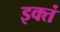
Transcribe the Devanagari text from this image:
इक्तं